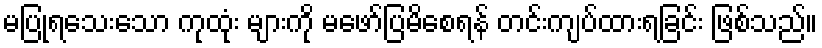
မပြုရသေးသော ကုထုံး များကို မဖော်ပြမိစေရန် တင်းကျပ်ထားရခြင်း ဖြစ်သည်။